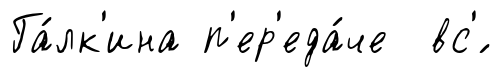
Га́лк'ина п'ер'еда́че вс'́